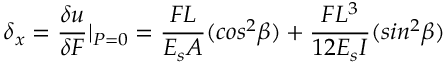
\delta { _ x } = \frac { \delta { u } } { \delta { F } } \textbar { _ { P = 0 } } = \frac { F L } { E _ { s } A } ( c o s ^ { 2 } \beta ) + \frac { F L ^ { 3 } } { 1 2 E _ { s } I } ( s i n ^ { 2 } \beta )